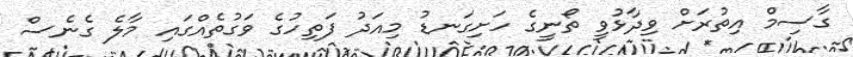
ގާސިމް އިތުރަށް ވިދާޅުވީ ތޯނީގެ ހަށިގަނޑު މިއަދު ފަތިހުގެ ވަގުތެއްގައި މާލެ ގެނެސް